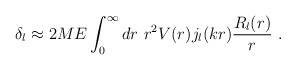
LaTeX: \begin{align*}\delta_l \approx 2ME\int_{0}^{\infty} dr~r^2 V(r)j_l(kr)\frac{R_l(r)}{r}~. \end{align*}